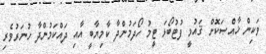
ވަކިން ޚާއްޞަކޮށް ޤައުމީ ފުޓުބޯޅަ ޓީމު ހޯދަމުންދާ ކާމިޔާބީ އާއި ދައްކަމުންދާ ހުނަރުވެރި